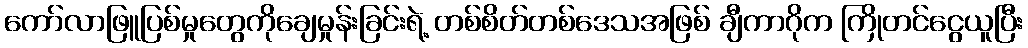
ကော်လာဖြူပြစ်မှုတွေကိုချေမှုန်းခြင်းရဲ့ တစ်စိတ်တစ်ဒေသအဖြစ် ချီကာဂိုက ကြိုတင်ငွေယူပြီး